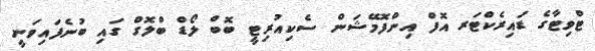
ޓްވިޓާގެ ޑައިރެކްޓަރ އޮފް އިންފޮމޭޝަން ސެކިއުރިޓީ ބޮބް ލޯޑް ބްލޮގް ގައި ބުނެފައިވަނީ